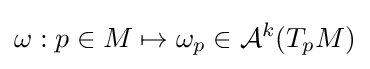
\omega :p\in M\mapsto \omega _{p}\in {\mathcal {A}}^{k}(T_{p}M)